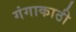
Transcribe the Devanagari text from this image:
गंगाकाठी